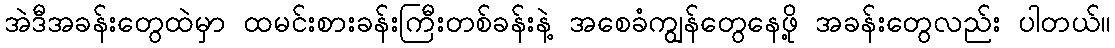
အဲဒီအခန်းတွေထဲမှာ ထမင်းစားခန်းကြီးတစ်ခန်းနဲ့ အစေခံကျွန်တွေနေဖို့ အခန်းတွေလည်း ပါတယ်။